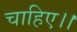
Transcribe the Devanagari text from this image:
चाहिए।।